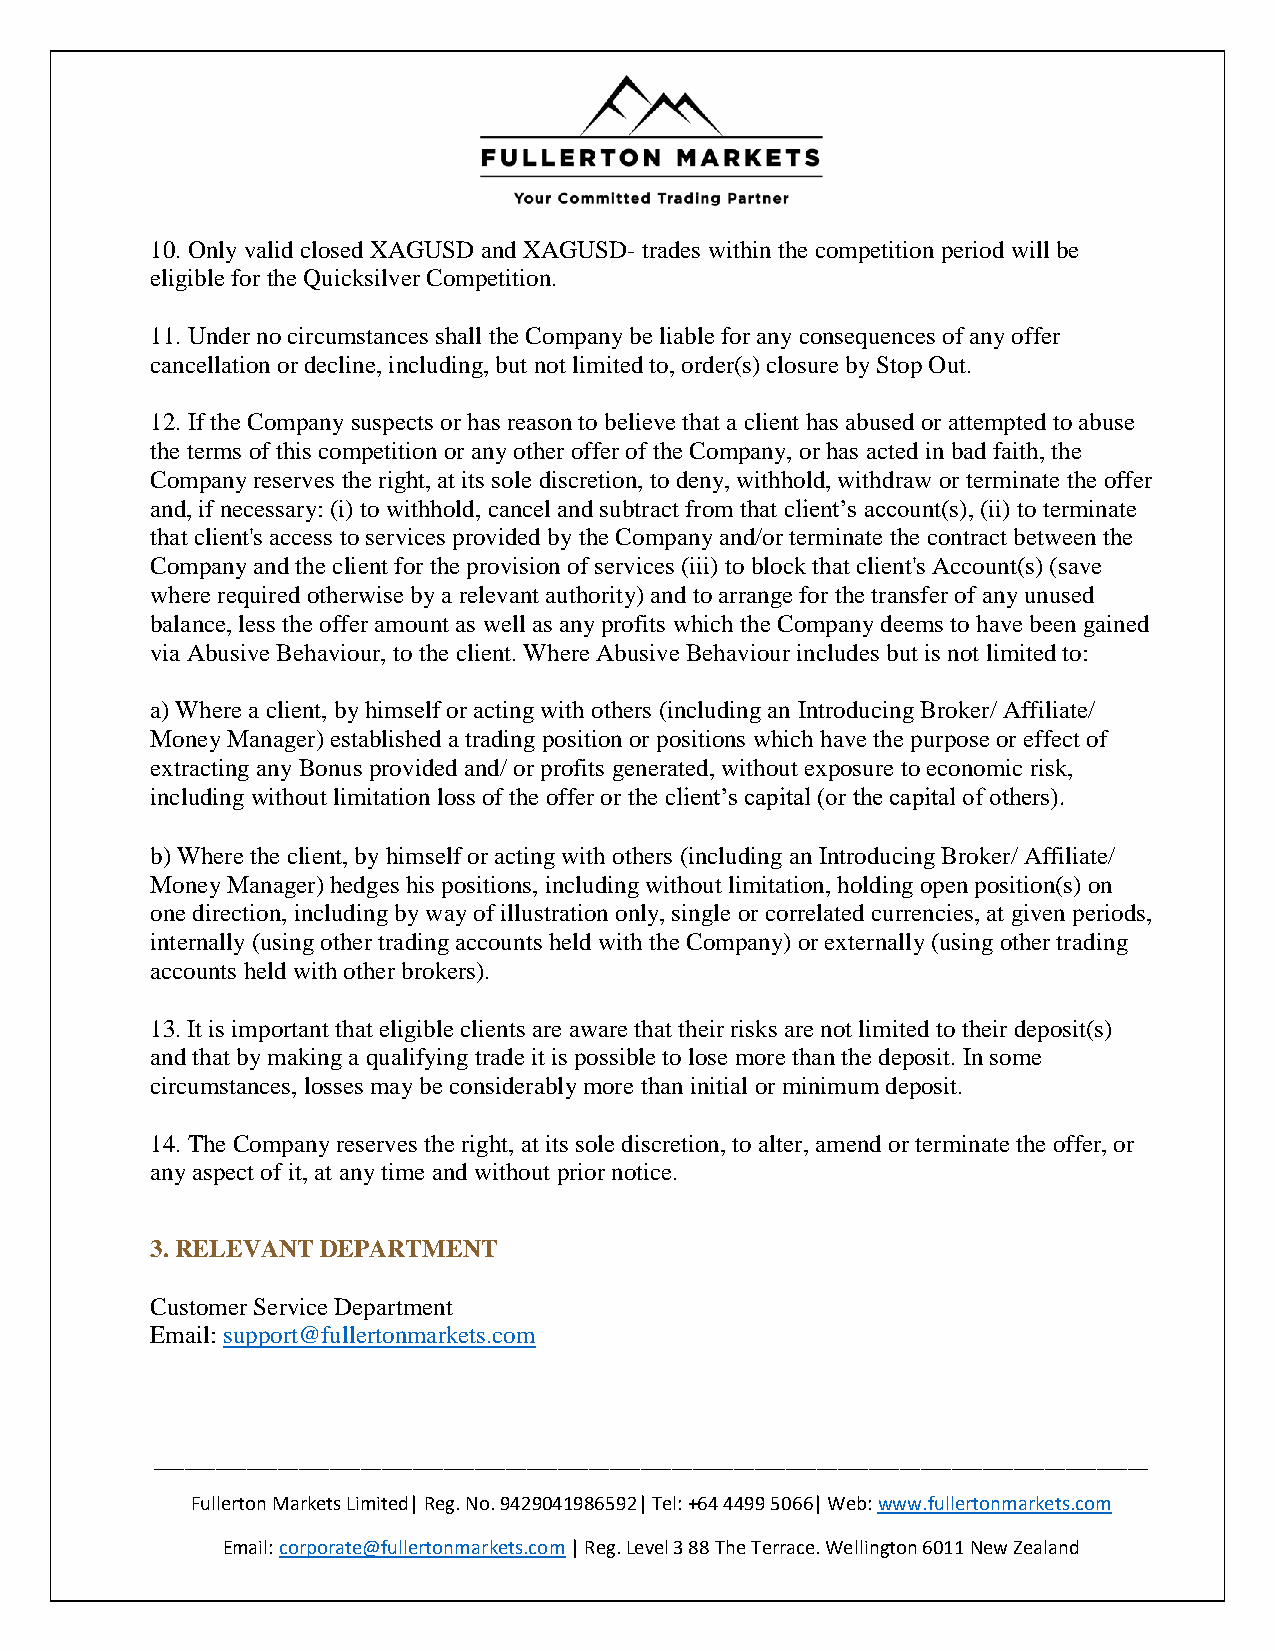
10. Only valid closed XAGUSD and XAGUSD- trades within the competition period will be
 eligible for the Quicksilver Competition.
 11. Under no circumstances shall the Company be liable for any consequences of any offer
 cancellation or decline, including, but not limited to, order(s) closure by Stop Out.
 12. If the Company suspects or has reason to believe that a client has abused or attempted to abuse
 the terms of this competition or any other offer of the Company, or has acted in bad faith, the
 Company reserves the right, at its sole discretion, to deny, withhold, withdraw or terminate the offer
 and, if necessary: (i) to withhold, cancel and subtract from that client’s account(s), (ii) to terminate
 that client's access to services provided by the Company and/or terminate the contract between the
 Company and the client for the provision of services (iii) to block that client's Account(s) (save
 where required otherwise by a relevant authority) and to arrange for the transfer of any unused
 balance, less the offer amount as well as any profits which the Company deems to have been gained
 via Abusive Behaviour, to the client. Where Abusive Behaviour includes but is not limited to:
 a) Where a client, by himself or acting with others (including an Introducing Broker/ Affiliate/
 Money Manager) established a trading position or positions which have the purpose or effect of
 extracting any Bonus provided and/ or profits generated, without exposure to economic risk,
 including without limitation loss of the offer or the client’s capital (or the capital of others).
 b) Where the client, by himself or acting with others (including an Introducing Broker/ Affiliate/
 Money Manager) hedges his positions, including without limitation, holding open position(s) on
 one direction, including by way of illustration only, single or correlated currencies, at given periods,
 internally (using other trading accounts held with the Company) or externally (using other trading
 accounts held with other brokers).
 13. It is important that eligible clients are aware that their risks are not limited to their deposit(s)
 and that by making a qualifying trade it is possible to lose more than the deposit. In some
 circumstances, losses may be considerably more than initial or minimum deposit.
 14. The Company reserves the right, at its sole discretion, to alter, amend or terminate the offer, or
 any aspect of it, at any time and without prior notice.
 3. RELEVANT DEPARTMENT
 Customer Service Department
 Email: support@fullertonmarkets.com
 ________________________________________________________________________________________________
 Fullerton Markets Limited| Reg. No. 9429041986592| Tel: +64 4499 5066| Web: www.fullertonmarkets.com
 Email: corporate@fullertonmarkets.com | Reg. Level 3 88 The Terrace. Wellington 6011 New Zealand